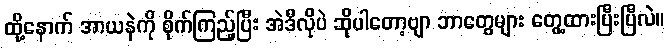
ထို့နောက် အာယနဲကို စိုက်ကြည့်ပြီး အဲဒီလိုပဲ ဆိုပါတော့ဗျာ ဘာတွေများ တွေ့ထားပြီးပြီလဲ။